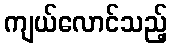
ကျယ်လောင်သည့်